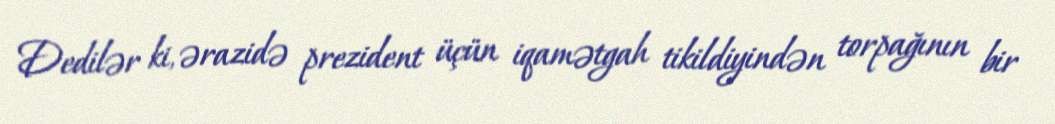
Dedilər ki, ərazidə prezident üçün iqamətgah tikildiyindən torpağının bir